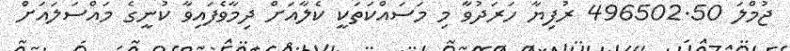
ޖުމްލަ 496502.50 ރުފިޔާ ހަރަދުވާ މި މަސައްކަތަކީ ކެލާއަށް ދިމާވެފައިވާ ކުނީގެ މައްސަލައަށް